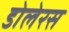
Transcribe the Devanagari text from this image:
डोलेरस